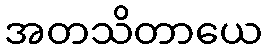
အတသိတာယေ